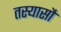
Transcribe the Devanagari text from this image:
तस्यासौ